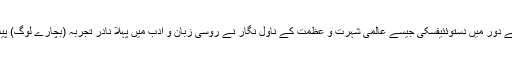
اسی کے دور میں دستوئئیفسکی جیسے عالمی شہرت و عظمت کے ناول نگار نے روسی زبان و ادب میں پہلا نادر تجربہ (بچارے لوگ) پیش کیا۔